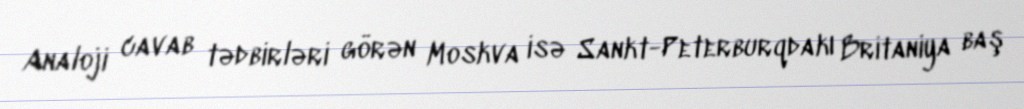
Analoji cavab tədbirləri görən Moskva isə Sankt-Peterburqdakı Britaniya baş